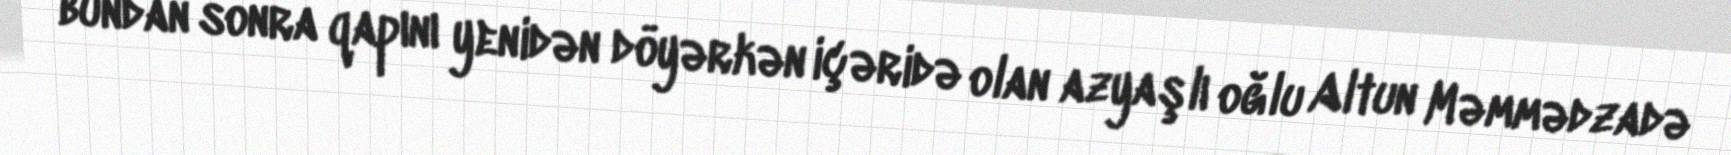
bundan sonra qapını yenidən döyərkən içəridə olan azyaşlı oğlu Altun Məmmədzadə